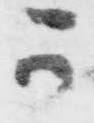
可